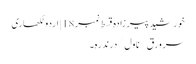
خورشید پیرزادہ قسط نمبر 18 | اردو لکھاری
سر ورق / ناول / درندرہ۔